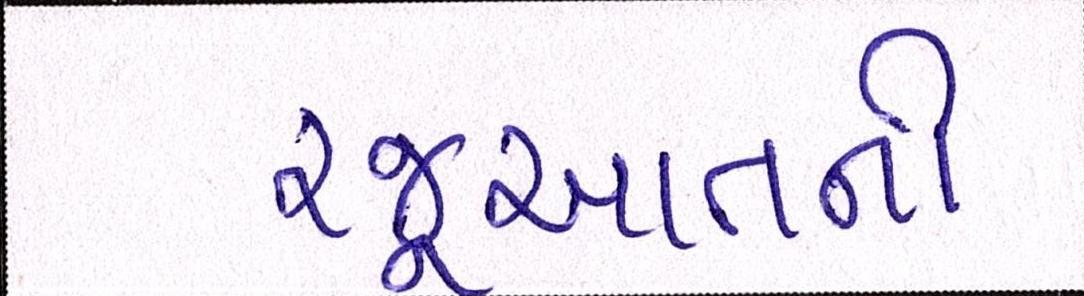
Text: રજૂઆતની